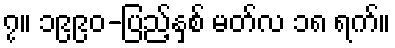
၇။ ၁၉၉၀-ပြည့်နှစ် မတ်လ ၁၈ ရက်။